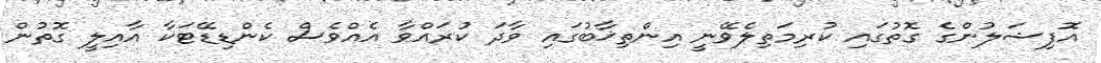
އޮފިޝަލުންގެ ގޮތުގައި ކުރިމަތިލެވޭނީ އިންތިޚާބުގައި ވާދަ ކުރައްވާ އެއްވެސް ކެންޑިޑޭޓަކާ އާއިލީ ގޮތުން